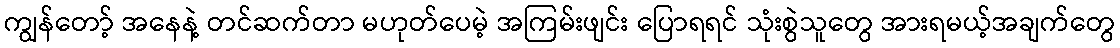
ကျွန်တော့် အနေနဲ့ တင်ဆက်တာ မဟုတ်ပေမဲ့ အကြမ်းဖျင်း ပြောရရင် သုံးစွဲသူတွေ အားရမယ့်အချက်တွေ